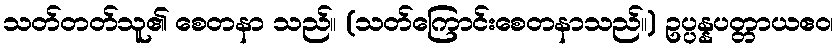
သတ်တတ်သူ၏ စေတနာ သည်။ (သတ်ကြောင်းစေတနာသည်။) ဥပ္ပန္နပတ္တာယဧဝ၊